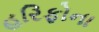
હરિફોના